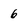
Character: 6